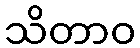
သိတာဝ